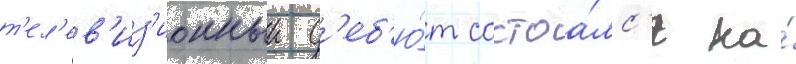
т'ел'ев'из'ионныи д'еб'ю́т состоа́лс'я на́